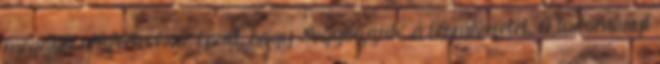
megdőlt előfeltevésre épült, hogy „legyőzzük” a természetet. A tudományt